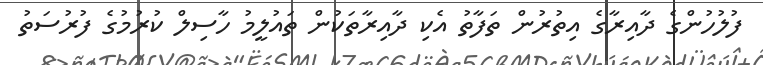
ފުލުހުންގެ ދާއިރާގެ އިތުރުން ތަފާތު އެކި ދާއިރާތަކުން ތައުލީމު ހާސިލް ކުރުމުގެ ފުރުސަތު